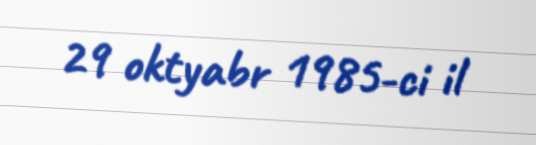
29 oktyabr 1985-ci il